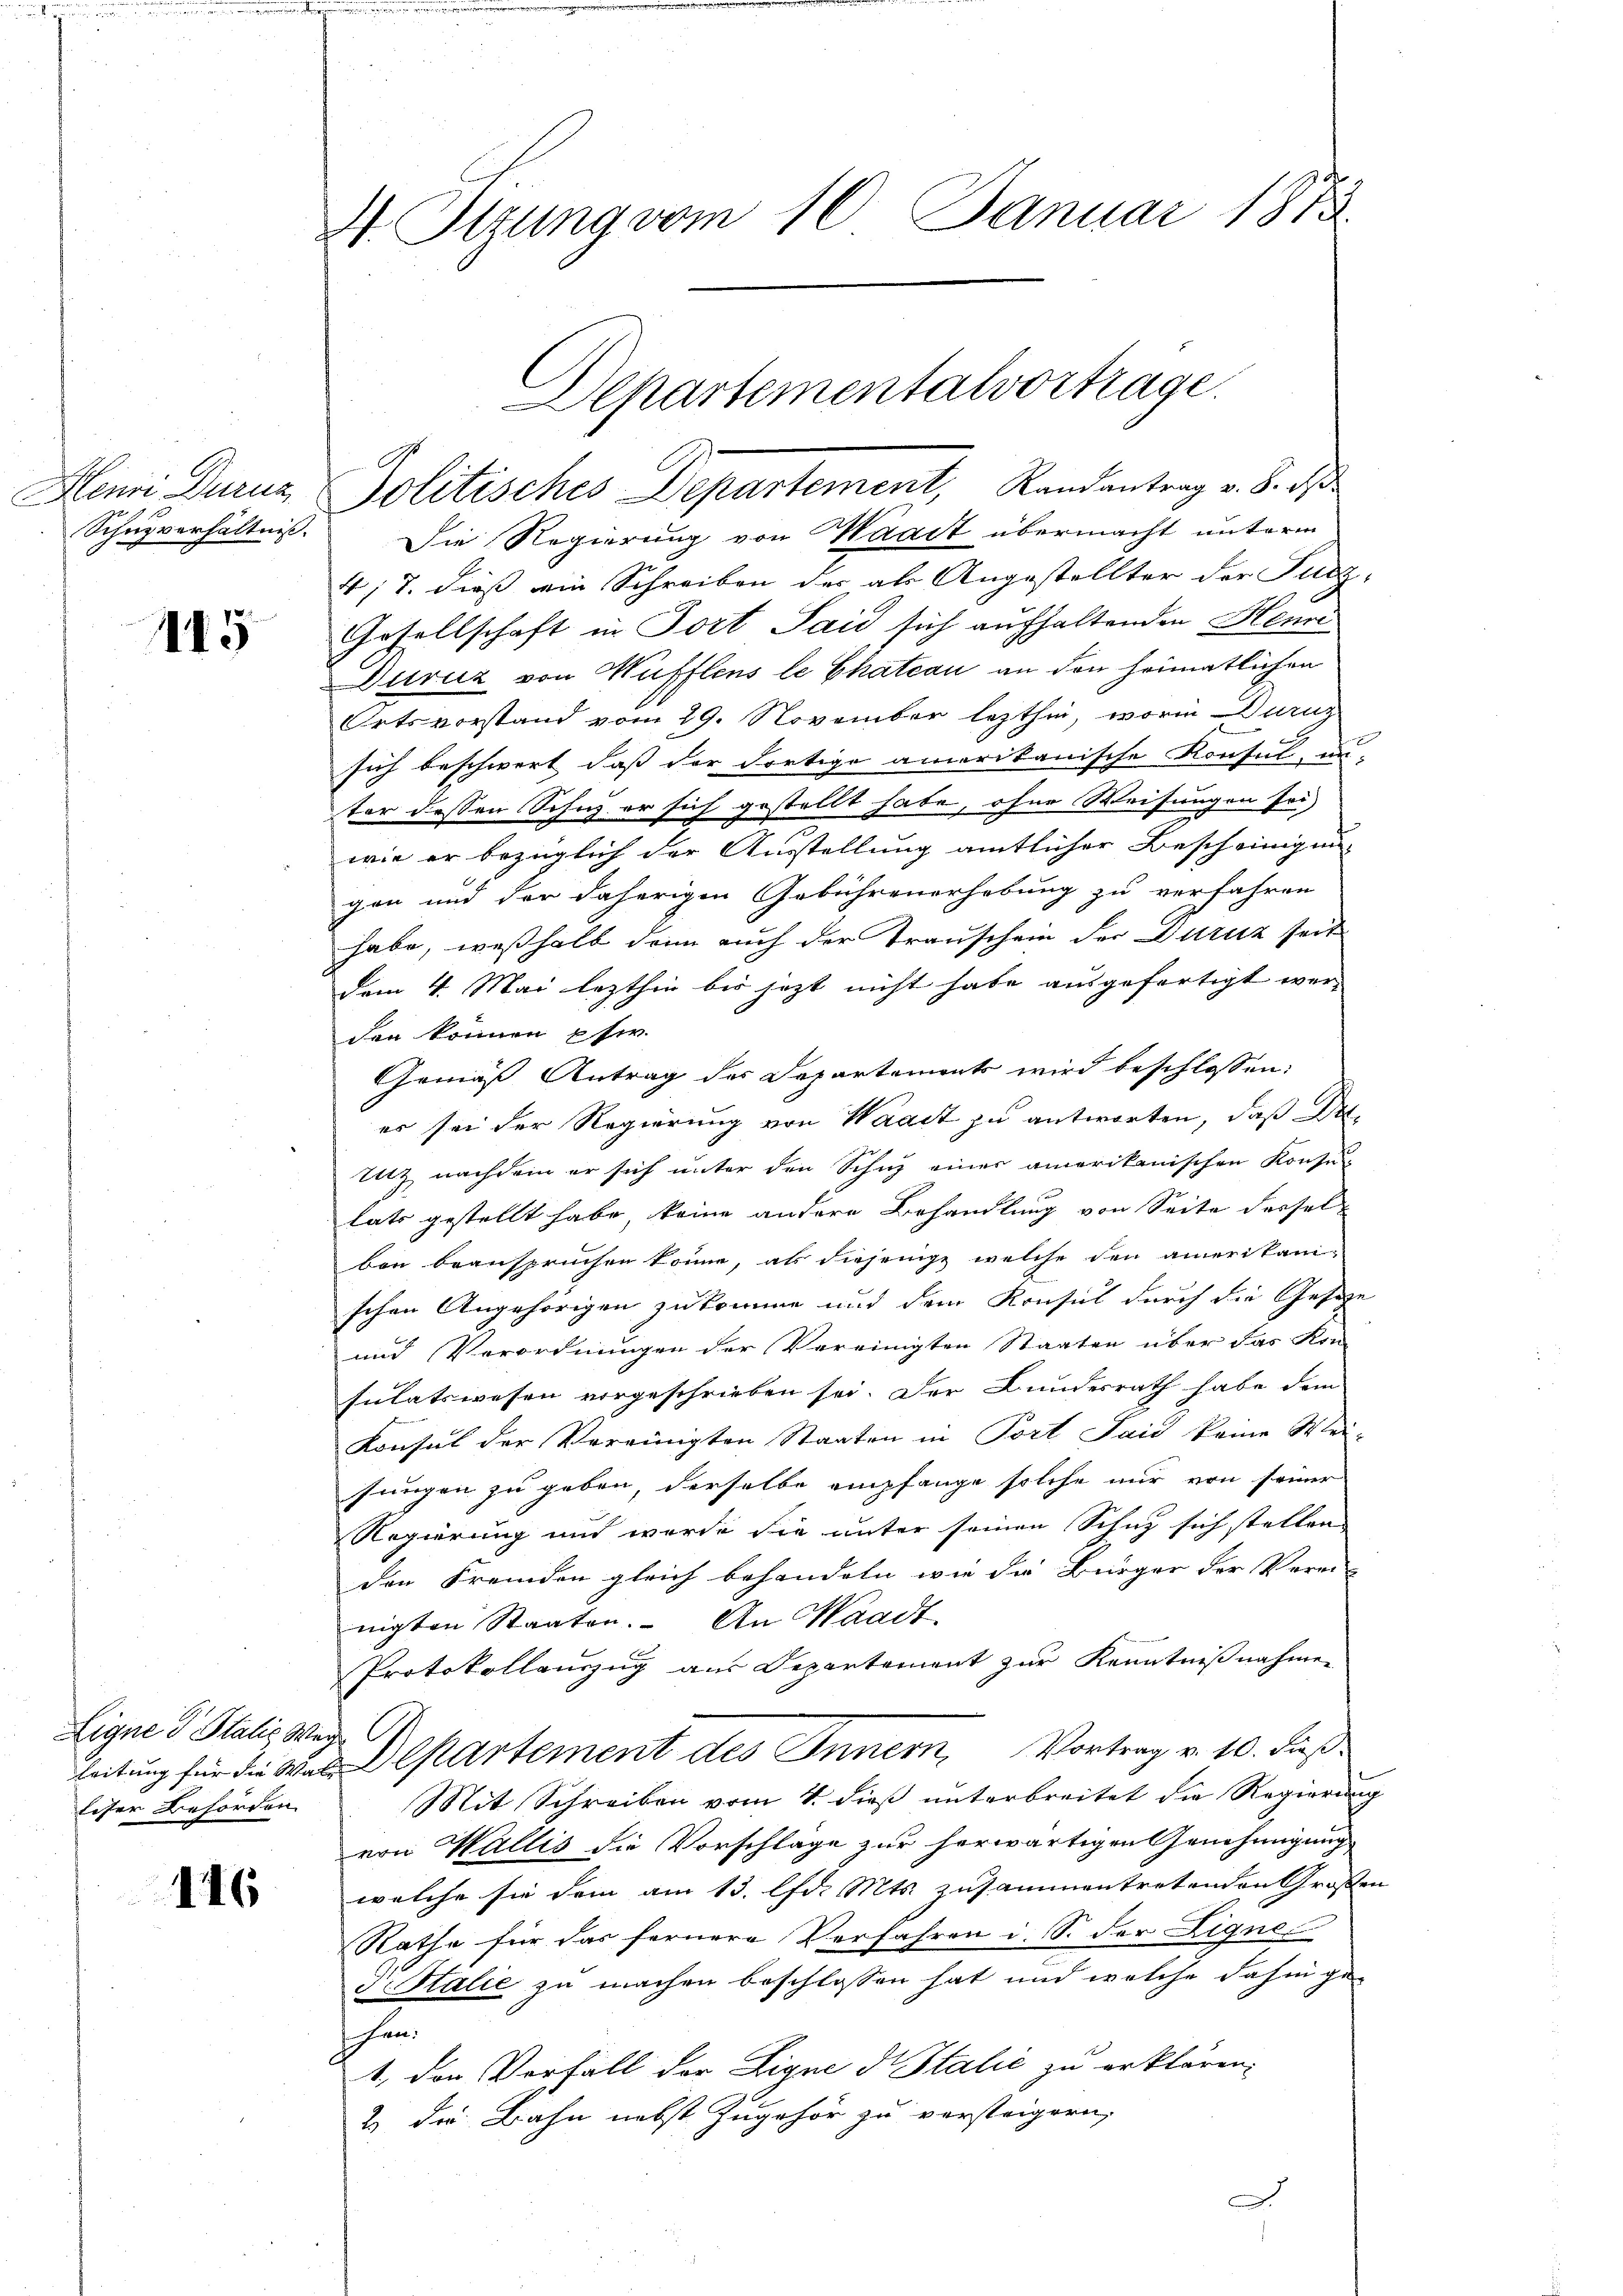
II5

Eigne d Stalis Weg
liser Behörden.

146

4 Itzung vom 10. Januar 1873.

Schuzverhältnis. Die Regierung von Waadt übermacht unterm
417. dieß ein Schreiben der als Angestellter der Fucz¬
Gesellschaft in Fort Sais sich aufhaltenden Heuer
Duruz von Wüfflens le Chateau an den heimatlichen
Ortsvorstand vom 29. November lezthin, worin Dunz
sich beschwert, daß der dortige amerikanische Konsul, un-
ter dessen Schuz er sich gestellt habe, ohne Weisungen sei
wie er bezüglich der Ausstellung amtlicher Bescheinigun- |
gen und der daherigen Gebührenerhebung zu verfahren
habe, weßhalb dann auch der Trauschein der Duruz seit
dem 4. Mai lezthin bis jezt nicht habe ausgefertigt werden können pfw.
Gemäß Antrag des Departements wird beschlossen:
er sei der Regierung von Waadt zu antworten, daß Dr.
litz nachdem er sich unter den Schutz einer amerikanischen Konse-
lats gestellt habe, keine andere Behandlung von Seite derselben beanspruchen könne, als diejenige welche den amerikani-
schen Angehörigen zukomme und dem Konsul durch die Gesetze
und Verordnungen der Vereinigten Staaten über das Kon-
sulatswesen vorgeschrieben sei. Der Bundesrath habe dem
Konsul der Vereinigten Staaten in Port Saić keine Wei-
sungen zu geben, derselbe empfange solche nur von seiner
Regierung und werde sie unter seinen Schutz sich stellen |
den Fremden gleich behandeln wie die Bürger der Vermi-
nigten Staaten. An Waadt
Protokollauszug aus Departement zur Kenntnißnahmen
leitung für die Was partement des Innern Vortrag v. 10. Fuß
Mit Schreiben vom 4. dieß unterbreitet die Regierung
von Wallis die Vorschläge zur herwärtigen Genehmigung
welche sie dem am 13. lfd. Mts. zusammentretenden Großen
Rathe für das fernere Verfahren i. S. der Lignes
KStalie zu machen beschlossen hat und welche dahin gehan.
1., den Vorfall der Signe d. Stalić zu erklären.
2. Der Bahn nebst Zugehör zu versteigern,
u

Departementalvortrage.
Hei Durer, Politisches Departement, Randantrag v. J.